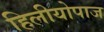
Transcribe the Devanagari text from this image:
हिलीयोपाज